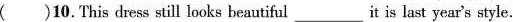
( )10.This dress still looks beautiful it is last year's style.